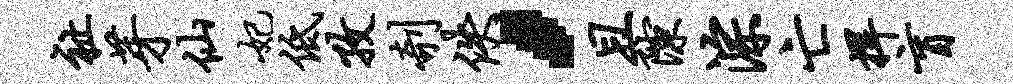
祉芽仙妃低孜剞佚，且隙淙亡捍盲